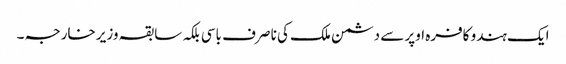
ایک ہندو کافرہ اوپر سے دشمن ملک کی نا صرف باسی بلکہ سابقہ وزیر خارجہ ۔